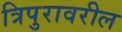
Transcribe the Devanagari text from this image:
त्रिपुरावरील